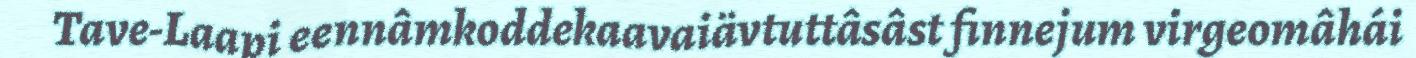
Tave-Laapi eennâmkoddekaavaiävtuttâsâst finnejum virgeomâhái